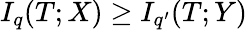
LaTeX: I_{q}(T;X)\ge I_{q^{\prime}}(T;Y)